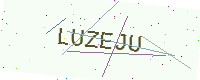
Text: LUZEJU